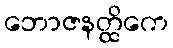
ဘောဇနတ္ထိကေ